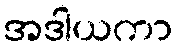
အဒါယကာ